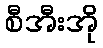
စီအီးအို